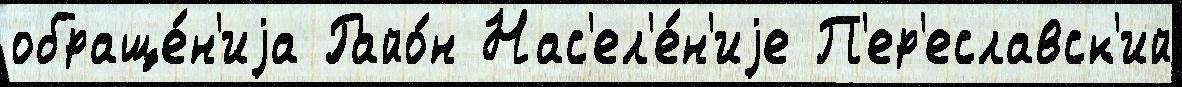
обраще́н'иjа Райо́н Нас'ел'е́н'иjе П'ер'еславск'ий